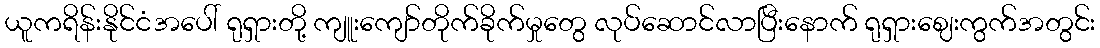
ယူကရိန်းနိုင်ငံအပေါ် ရုရှားတို့ ကျူးကျော်တိုက်ခိုက်မှုတွေ လုပ်ဆောင်လာပြီးနောက် ရုရှားဈေးကွက်အတွင်း